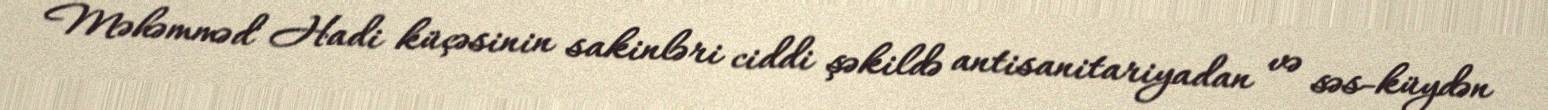
Məhəmməd Hadi küçəsinin sakinləri ciddi şəkildə antisanitariyadan və səs-küydən